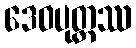
ဒေဝပုတ္တဿ